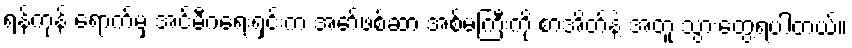
ရန်ကုန် ရောက်မှ အင်မီဂရေးရှင်းက အော်ဖစ်ဆာ အစ်မကြီးကို စာအိတ်နဲ့ အတူ သွားတွေ့ရပါတယ်။